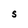
Character: S